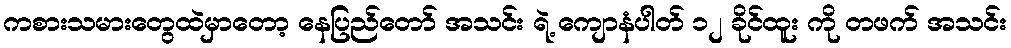
ကစားသမားတွေထဲမှာတော့ နေပြည်တော် အသင်း ရဲ့ ကျောနံပါတ် ၁၂ ခိုင်ထူး ကို တဖက် အသင်း